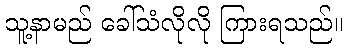
သူ့နာမည် ခေါ်သံလိုလို ကြားရသည်။